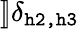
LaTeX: ]\! ]\delta_{\texttt{h2,h3}}